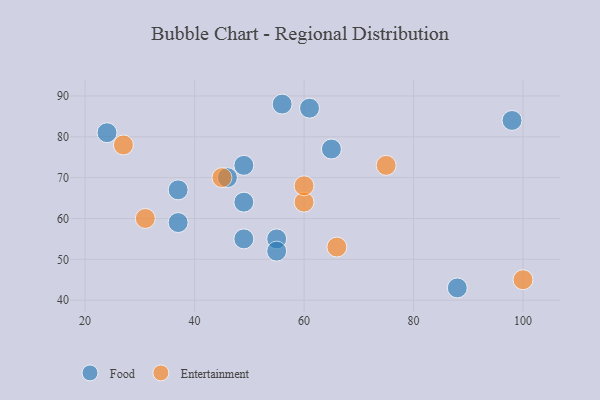
{"axis": {"x": "GDP", "y": "Life Expectancy"}, "legend": ["Entertainment", "Food"], "data": [{"x": "65", "y": 77, "type": "Food"}, {"x": "49", "y": 73, "type": "Food"}, {"x": "49", "y": 64, "type": "Food"}, {"x": "49", "y": 55, "type": "Food"}, {"x": "37", "y": 59, "type": "Food"}, {"x": "61", "y": 87, "type": "Food"}, {"x": "46", "y": 70, "type": "Food"}, {"x": "24", "y": 81, "type": "Food"}, {"x": "88", "y": 43, "type": "Food"}, {"x": "37", "y": 67, "type": "Food"}, {"x": "55", "y": 55, "type": "Food"}, {"x": "56", "y": 88, "type": "Food"}, {"x": "55", "y": 52, "type": "Food"}, {"x": "98", "y": 84, "type": "Food"}, {"x": "31", "y": 60, "type": "Entertainment"}, {"x": "75", "y": 73, "type": "Entertainment"}, {"x": "45", "y": 70, "type": "Entertainment"}, {"x": "60", "y": 64, "type": "Entertainment"}, {"x": "100", "y": 45, "type": "Entertainment"}, {"x": "27", "y": 78, "type": "Entertainment"}, {"x": "60", "y": 68, "type": "Entertainment"}, {"x": "66", "y": 53, "type": "Entertainment"}]}